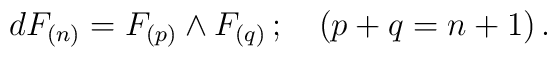
dF_{(n)}= F_{(p)}\wedge F_{(q)}\, ; \ \ \  (p+q=n+1)\, .